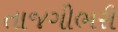
તાજગીભરી